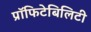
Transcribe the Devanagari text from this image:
प्रॉफिटेबिलिटी